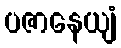
ပဇာနေယျံ